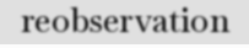
reobservation